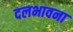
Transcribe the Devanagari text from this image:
दलभावना